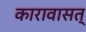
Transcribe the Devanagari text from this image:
कारावासत्